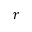
r